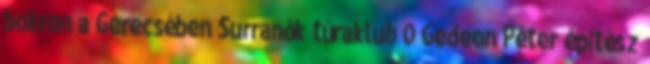
bokron a Gerecsében Surranók túraklub 0 Gedeon Péter építész